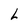
Character: L